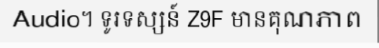
Audio។ ទូរទស្សន៍ Z9F មានគុណភាព